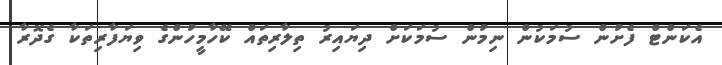
އެކަންޓް ފެށުން ސުމަކުން ނިމުން ސުމަކަށް ދިޔައިރު ތިލާރިތައް ކޭހާމީހުންގެ ވިޔަފާރިތަކާ ގެދޮރާ